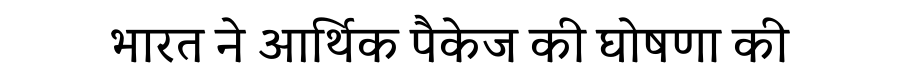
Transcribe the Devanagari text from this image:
भारत ने आर्थिक पैकेज की घोषणा की